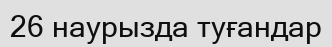
26 наурызда туғандар